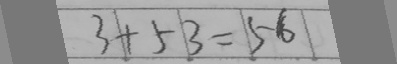
3 + 5 3 = 5 6